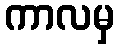
ကာလမှ